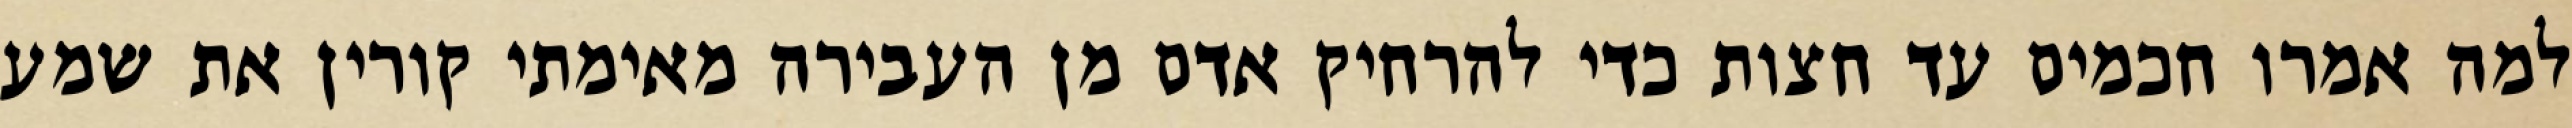
למה אמרו חכמים עד חצות כדי להרחיק אדם מן העבירה מאימתי קורין את שמע